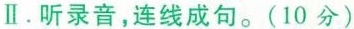
II.听录音,连线成句。(10分)